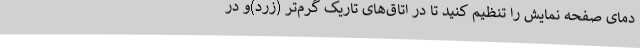
دمای صفحه نمایش را تنظیم کنید تا در اتاق‌های تاریک گرم‌تر (زرد)و در